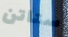
ستاتن